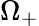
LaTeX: \Omega_{+}